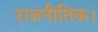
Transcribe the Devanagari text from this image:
राजनीतिक।